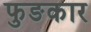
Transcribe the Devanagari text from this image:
फुङकार